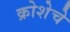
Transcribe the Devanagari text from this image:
क्रोशेचे